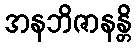
အနဘိဇာနန္တိ